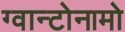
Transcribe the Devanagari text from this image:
ग्वान्टोनामो